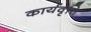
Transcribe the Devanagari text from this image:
कार्यवृत्ति